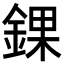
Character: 錁